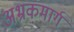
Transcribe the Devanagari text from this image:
अभ्रकमार्ग